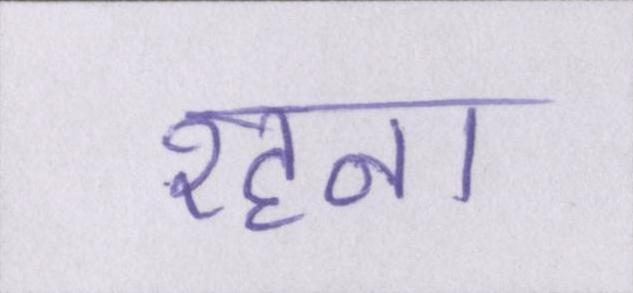
रहना